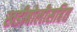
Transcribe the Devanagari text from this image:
खडीबोलीसहित